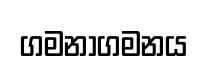
ගමනාගමනය